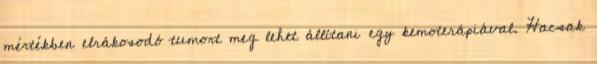
mértékben elrákosodó tumort meg lehet állítani egy kemoterápiával. Hacsak